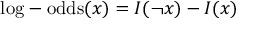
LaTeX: { \mathrm { l o g - o d d s } } ( x ) = I ( \lnot x ) - I ( x )